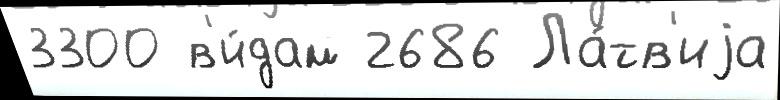
3300 в'и́дам 2686 Ла́тв'иjа